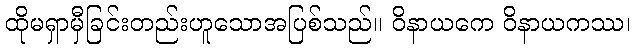
ထိုမရှာမှီခြင်းတည်းဟူသောအပြစ်သည်။ ဝိနာယကေ ဝိနာယကဿ၊